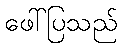
ဖေါ်ပြသည်